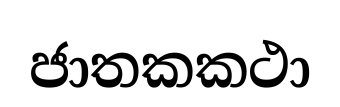
ජාතකකථා